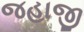
જહાજી